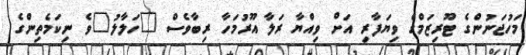
މަހުޖަނުންގެ ޓޫރިޒަމްގެ ވިޔަފާރި އަށް ވިއްޔާ ރަލާ އޫރުމަހާ ރިބާވެސް "ހަލާލު"ވެ ނިކަމެތިންގެ